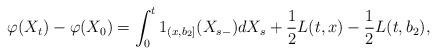
LaTeX: \begin{align*}\varphi(X_t)-\varphi(X_0)=\int_0^t 1_{(x,b_2]}(X_{s-})dX_s+\frac{1}{2}L(t,x)-\frac{1}{2}L(t,b_2),\end{align*}